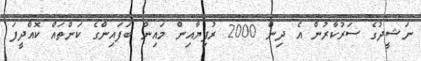
ނަޝީދުގެ ސަރުކާރުން އެ ދިން 2000 ރުފިޔާއިން މައިން ބަފައިންގެ ކަންތައް ކޮއްދީފަ